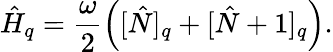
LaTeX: \hat{H}_{q}=\frac{\omega}{2}\left([\hat{N}]_{q}+[\hat{N}+1]_{q}\right).